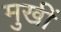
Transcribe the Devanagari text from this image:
मुखीं